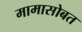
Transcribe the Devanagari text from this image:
मामासोबत